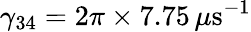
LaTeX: \gamma_{34}=2\pi\times 7.75\, \mu\mathrm{s}^{-1}